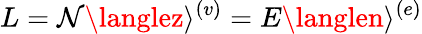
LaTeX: L=\mathcal{N}\langlez\rangle^{(v)}=E\langlen\rangle^{(e)}